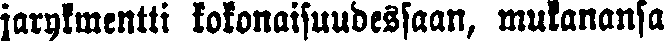
jarykmentti kokonaisuudessaan, mukanansa